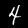
Label: 4